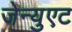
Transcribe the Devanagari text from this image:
जेन्युएट